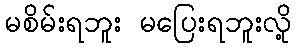
မစိမ်းရဘူး မပြေးရဘူးလို့